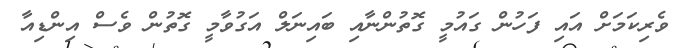
ވެރިކަމަށް އައި ފަހުން ގައުމީ ގޮތުންނާއި ބައިނަލް އަގުވާމީ ގޮތުން ވެސް އިންޑިއާ